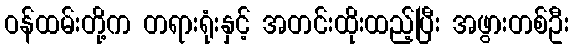
ဝန်ထမ်းတို့က တရားရုံးနှင့် အတင်းထိုးထည့်ပြီး အဖွားတစ်ဦး